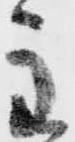
主